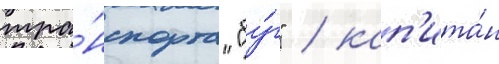
тра́нспорта "бу́г" / кап'ита́н